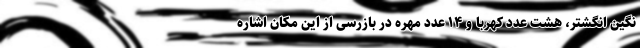
نگین انگشتر، هشت عدد کهربا و ۱۴ عدد مهره در بازرسی از این مکان اشاره